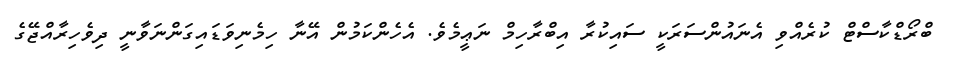
ބްރޯޑްކާސްޓް ކުރެއްވި އެނައުންސަރަކީ ސައިކުރާ އިބްރާހިމް ނަޢީމެވެ. އެހެންކަމުން އޭނާ ހިމެނިވަޑައިގަންނަވާނީ ދިވެހިރާއްޖޭގެ